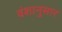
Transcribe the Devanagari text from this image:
वंशानुसार